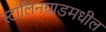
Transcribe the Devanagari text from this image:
स्टालिनग्राडमधील